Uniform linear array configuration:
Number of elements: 12
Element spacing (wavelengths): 0.75
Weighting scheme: binomial
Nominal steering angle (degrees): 30
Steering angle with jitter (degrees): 31.356
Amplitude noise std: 0.05
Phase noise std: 0.05

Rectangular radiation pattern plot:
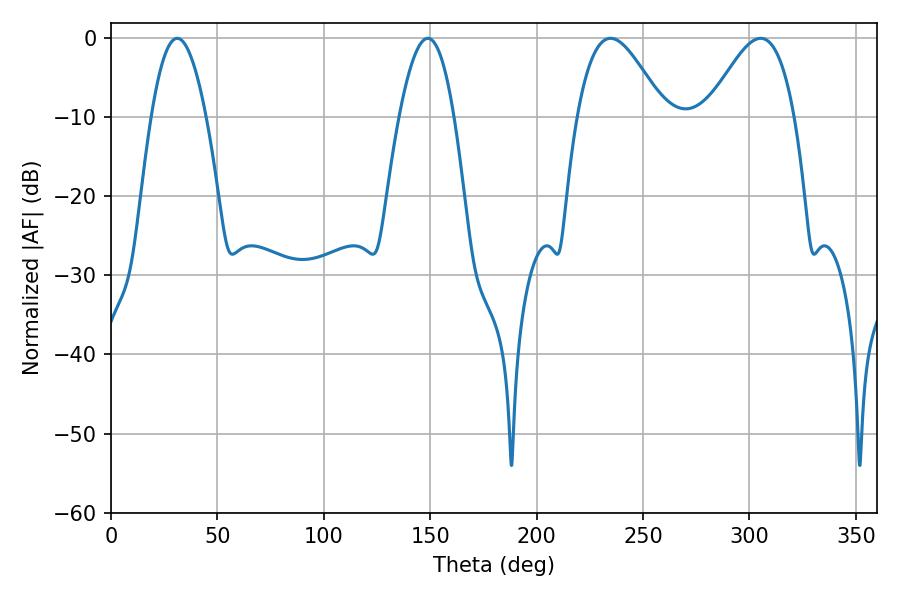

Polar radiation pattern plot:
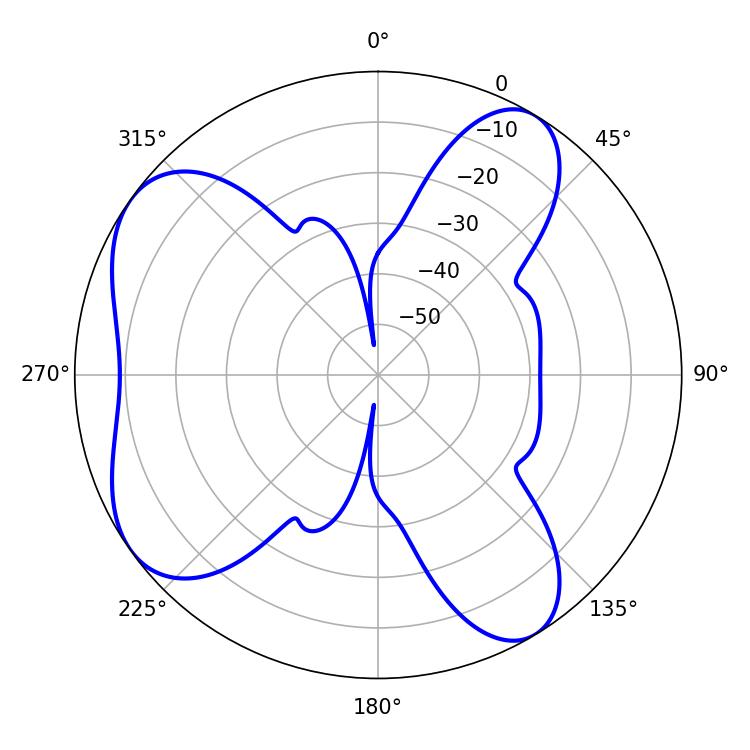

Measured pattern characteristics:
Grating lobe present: TRUE
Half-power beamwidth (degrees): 21.78
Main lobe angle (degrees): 234.72